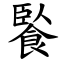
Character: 䭆